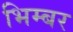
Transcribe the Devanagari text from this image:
भिम्बर